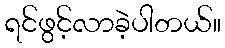
ရင်ဖွင့်လာခဲ့ပါတယ်။